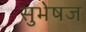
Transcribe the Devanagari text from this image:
सुभेषज